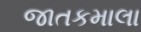
જાતકમાલા